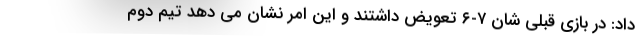
داد: در بازی قبلی شان ۷-۶ تعویض داشتند و این امر نشان می دهد تیم دوم